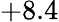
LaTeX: +8.4